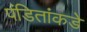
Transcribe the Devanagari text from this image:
पंडितांकडे